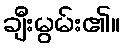
ချီးမွမ်း၏။